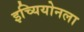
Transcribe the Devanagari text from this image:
इच्यियोनला